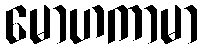
မောဟကာမာ